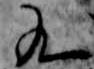
九